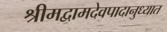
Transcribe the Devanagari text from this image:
श्रीमद्वामदेवपादानुध्यात